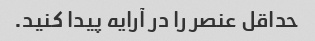
حداقل عنصر را در آرایه پیدا کنید.